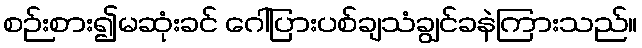
စဉ်းစား၍မဆုံးခင် ဂေါ်ပြားပစ်ချသံချွင်ခနဲကြားသည်။